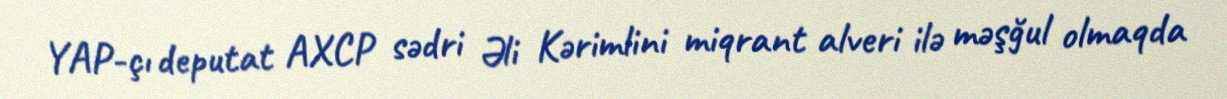
YAP-çı deputat AXCP sədri Əli Kərimlini miqrant alveri ilə məşğul olmaqda